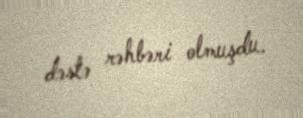
dəstə rəhbəri olmuşdu.